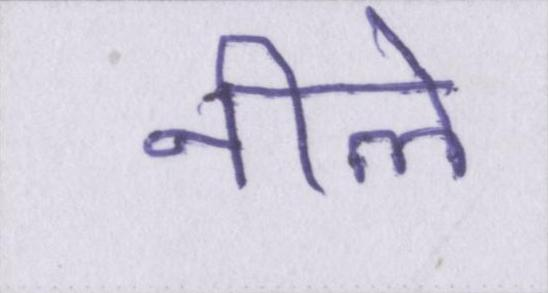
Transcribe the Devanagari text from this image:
नीले